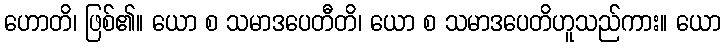
ဟောတိ၊ ဖြစ်၏။ ယော စ သမာဒပေတီတိ၊ ယော စ သမာဒပေတိဟူသည်ကား။ ယော